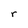
Character: r